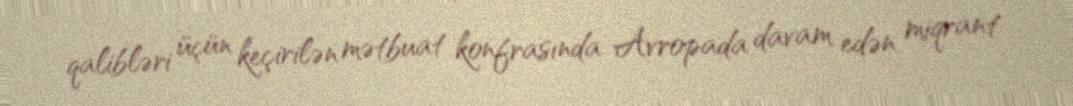
qalibləri üçün keçirilən mətbuat konfrasında Avropada davam edən miqrant